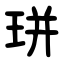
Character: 㻂